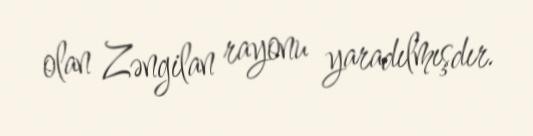
olan Zəngilan rayonu yaradılmışdır.